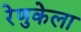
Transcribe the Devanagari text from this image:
रेणुकेला